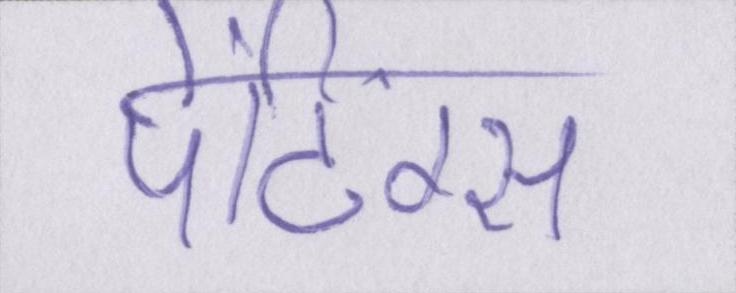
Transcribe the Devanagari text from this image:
पेंटिंग्स